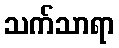
သက်သာရာ